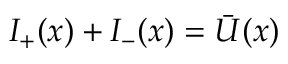
I _ { + } ( x ) + I _ { - } ( x ) = \bar { U } ( x )